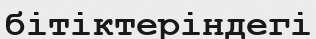
бітіктеріндегі